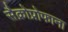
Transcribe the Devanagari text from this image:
सैक्रोप्रोफाना